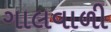
ગાલવાળી